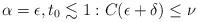
LaTeX: \begin{align*}\alpha = \epsilon, t_0 \lesssim 1 : C (\epsilon + \delta) \leq \nu\end{align*}